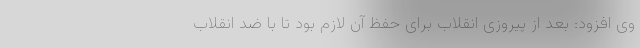
وی افزود: بعد از پیروزی انقلاب برای حفظ آن لازم بود تا با ضد انقلاب